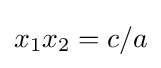
x_{1}x_{2}=c/a